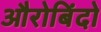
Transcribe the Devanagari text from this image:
औरोबिंदो